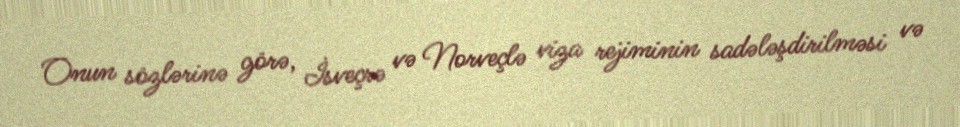
Onun sözlərinə görə, İsveçrə və Norveçlə viza rejiminin sadələşdirilməsi və